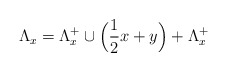
\begin{align*}\Lambda_{x}=\Lambda_x^+ \cup \Big(\frac{1}{2}x+y\Big)+\Lambda_x^+\end{align*}